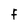
Character: F